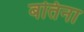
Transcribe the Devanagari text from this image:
बतिना